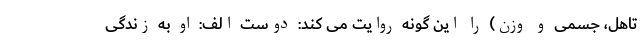
تاهل، جسمی و وزن) را این گونه روایت می کند: دوست الف: او به زندگی